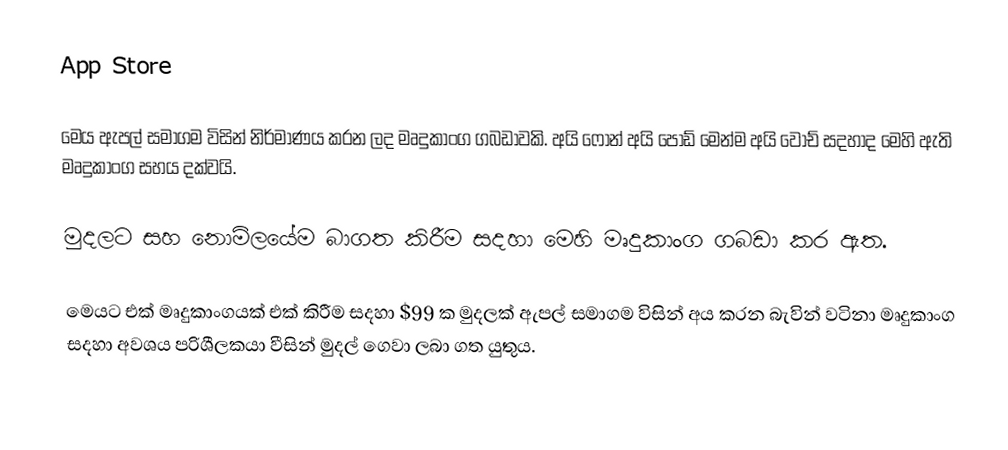
App Store

මෙය ඇපල් සමාගම විසින් නිර්මාණය කරන ලද මෘදුකාංග ගබඩාවකි. අයි ෆෝන් අයි පෝඩ් මෙන්ම අයි වොච් සදහාද මෙහි ඇති මෘදුකාංග සහය දක්වයි.

මුදලට සහ නොමිලයේම බාගත කිරීම සදහා මෙහි මෘදුකාංග ගබඩා කර ඇත.

මෙයට එක් මෘදුකාංගයක් එක් කිරීම සදහා $99 ක මුදලක් ඇපල් සමාගම විසින් අය කරන බැවින් වටිනා මෘදුකාංග සදහා අවශය පරිශීලකයා වීසින් මුදල් ගෙවා ලබා ගත යුතුය.